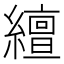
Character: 繵